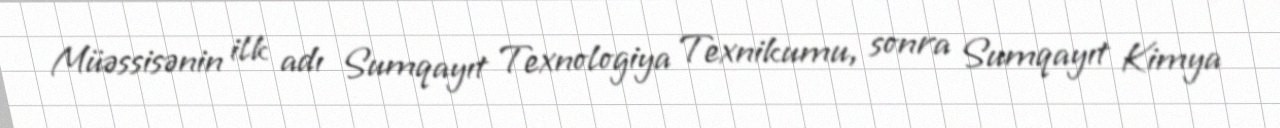
Müəssisənin ilk adı Sumqayıt Texnologiya Texnikumu, sonra Sumqayıt Kimya